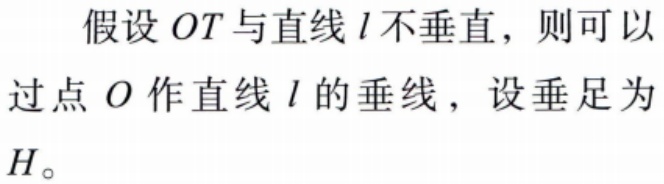
假设 \(OT\) 与直线 \(l\) 不垂直，则可以过点 \(O\) 作直线 \(l\) 的垂线，设垂足为 \(H\)。